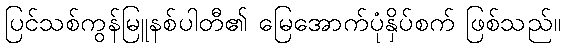
ပြင်သစ်ကွန်မြူနစ်ပါတီ၏ မြေအောက်ပုံနှိပ်စက် ဖြစ်သည်။